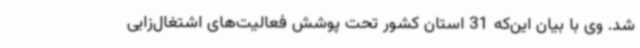
شد. وی با بیان این‌که 31 استان کشور تحت پوشش فعالیت‌های اشتغال‌زایی